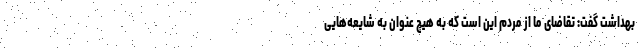
بهداشت گفت: تقاضای ما از مردم این است که به هیچ عنوان به شایعه‌هایی